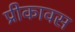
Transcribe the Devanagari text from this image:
प्रीकावस